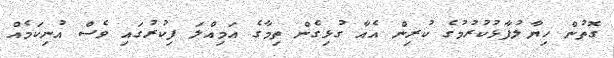
ގޮތުން ހިޔާލުފާޅުކުރުމުގެ ކުރިން އެއާ ގުޅިގެން ތިމާގެ އަމިއްލަ ފިކުރުގައި ވެސް އުނިކަމެއް